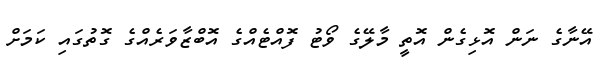
އޭނާގެ ނަން އޮޅިގެން އޮތީ މާލޭގެ ވޯޓު ފޮއްޓެއްގެ އޮބްޒާވަރެއްގެ ގޮތުގައި ކަމަށް